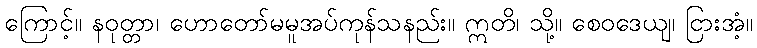
ကြောင့်။ နဝုတ္တာ၊ ဟောတော်မမူအပ်ကုန်သနည်း။ ဣတိ၊ သို့။ စေဝဒေယျ၊ ငြားအံ့။